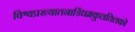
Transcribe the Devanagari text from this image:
विश्वप्रख्यातनाडिंधमकुलतिलको